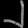
Digit: ၂